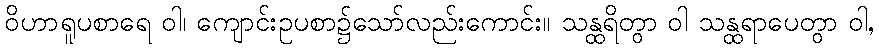
ဝိဟာရူပစာရေ ဝါ၊ ကျောင်းဥပစာ၌သော်လည်းကောင်း။ သန္ထရိတွာ ဝါ သန္ထရာပေတွာ ဝါ,